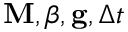
\mathbf { M } , \boldsymbol { \beta } , \mathbf { g } , \Delta t